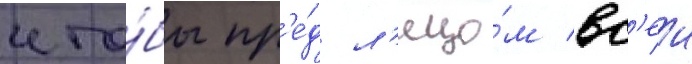
что́бы пр'е́д л'ицо́м вс'еи